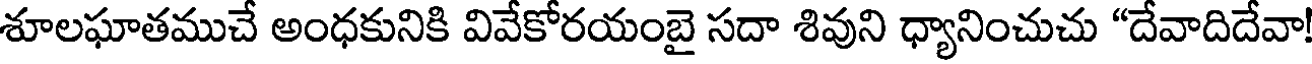
శూలఘాతముచే అంధకునికి వివేకోరయంబై సదా శివుని ధ్యానించుచు "దేవాదిదేవా!